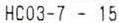
HC03-7 - 15